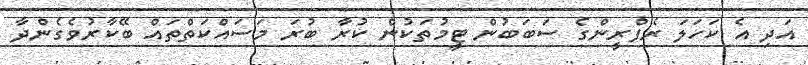
އަދި އެ ކަހަލަ ރެފްރީންގެ ސަބަބުން ޓީމުތަކުން ކުރާ ބުރަ މަސައްކަތްތައް ބޭކާރުވެގެންދާ